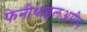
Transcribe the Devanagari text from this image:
फेनीथाइलअमीन